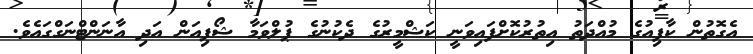
އެގޮތުން ކާފިއުގެ މުއްދަތު އިތުރުކޮށްފައިވަނީ ކަޝްމީރުގެ ދެކުނުގެ ޕުލްވަމާ ޝޯޕިއަން އަދި އާނަންޓްނަގްގައެވެ.